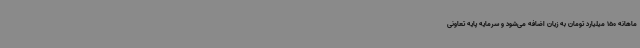
ماهانه 150 میلیارد تومان به زیان اضافه می‌شود و سرمایه پایه تعاونی